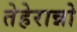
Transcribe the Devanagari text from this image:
तेहेरान्नो